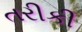
તરીકી